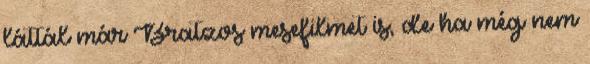
láttál már Bratzos mesefilmet is, de ha még nem